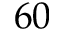
6 0